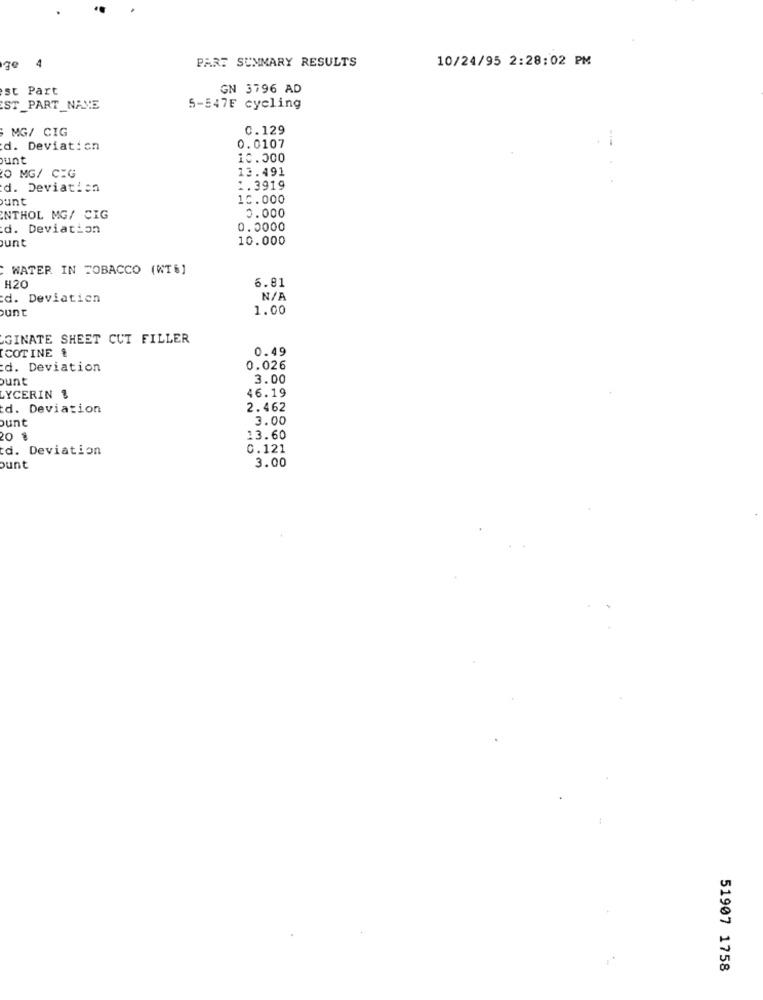
PART SUMMARY RESULTS
10/24/95 2:28:02 PM
ge 4
st Part
GN 3796 AD
ST_PART_NAME
5-547E cycling
MG/ CIG
0.129
d. Deviation
0.0107
unt
10.000
13.491
O MG/ CEG
d. Deviation
1.3919
unt
10.000
0.000
NTHOL MG/ CIG
d. Deviation
0.0000
unt
10.000
WATER IN TOBACCO (WT6]
6.81
H20
d. Deviation
bunt
1.00
GINATE SHEET CUT FILLER
COTINE &
0.49
d. Deviation
0.026
ount
3.00
46.19
LYCERIN &
d. Deviation
2.462
ount
3.00
13.60
d. Deviation
0.121
3.00
ount
51907 1758